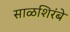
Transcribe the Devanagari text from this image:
साळशिरंबे